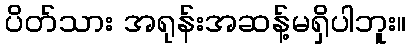
ပိတ်သား အရုန်းအဆန့်မရှိပါဘူး။